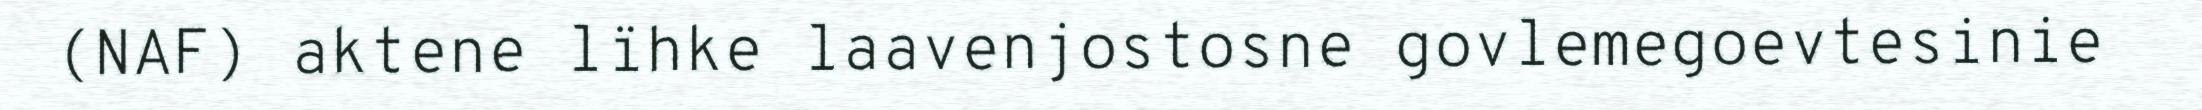
(NAF) aktene lïhke laavenjostosne govlemegoevtesinie